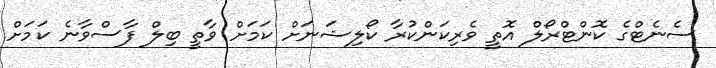
ސެނެޓްގެ ކޮންޓްރޯލް އޮތީ ވެރިކަންކުރާ ކޯލިޝަނަށް ކަމަށް ވާތީ ބިލް ފާސްވާނެ ކަމަށް